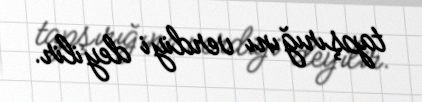
tapşırığını verdiyi deyilir.